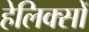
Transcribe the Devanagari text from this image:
हेलिक्सों